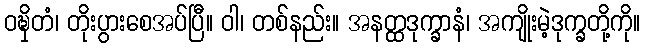
ဝဍ္ဎှိတံ၊ တိုးပွားစေအပ်ပြီ။ ဝါ၊ တစ်နည်း။ အနတ္ထဒုက္ခာနံ၊ အကျိုးမဲ့ဒုက္ခတို့ကို။